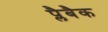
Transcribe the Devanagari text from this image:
प्लैबैक